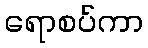
ရောစပ်ကာ